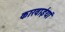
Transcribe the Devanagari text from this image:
कारवाईयां